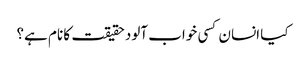
کیا انسان کسی خواب آلود حقیقت کا نام ہے؟